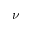
\nu